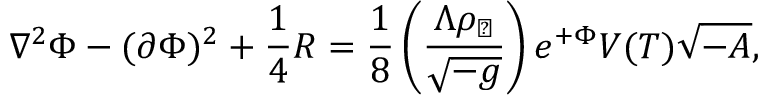
\nabla ^ { 2 } \Phi - ( \partial \Phi ) ^ { 2 } + { \frac { 1 } { 4 } } { \cal R } = { \frac { 1 } { 8 } } \left( { \frac { \Lambda \rho _ { \perp } } { \sqrt { - g } } } \right) e ^ { + \Phi } V ( T ) \sqrt { - A } ,